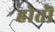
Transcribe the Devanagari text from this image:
होतॊ